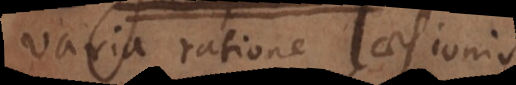
varia ratione laesionis.